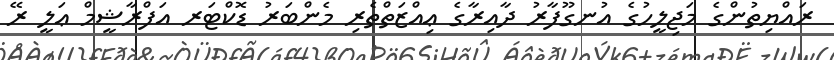
ރައްޔިތުންގެ މަޖިލީހުގެ އުނގޫފާރު ދާއިރާގެ ޢިއްޒަތްތެރި މެންބަރު ޑޮކްޓަރ އަފްރާޝީމް ޢަލީ ރޭ